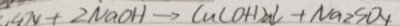
4 N + 2 N a O H \rightarrow C u ( O H ) _ { 2 } \downarrow + N a _ { 2 } S O _ { 4 }